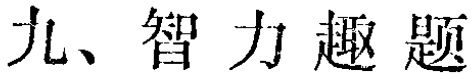
九、智力趣题